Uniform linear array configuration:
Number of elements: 4
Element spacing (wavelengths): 0.75
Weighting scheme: hamming
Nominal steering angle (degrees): -15
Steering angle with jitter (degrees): -14.979
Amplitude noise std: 0.05
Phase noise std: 0.05

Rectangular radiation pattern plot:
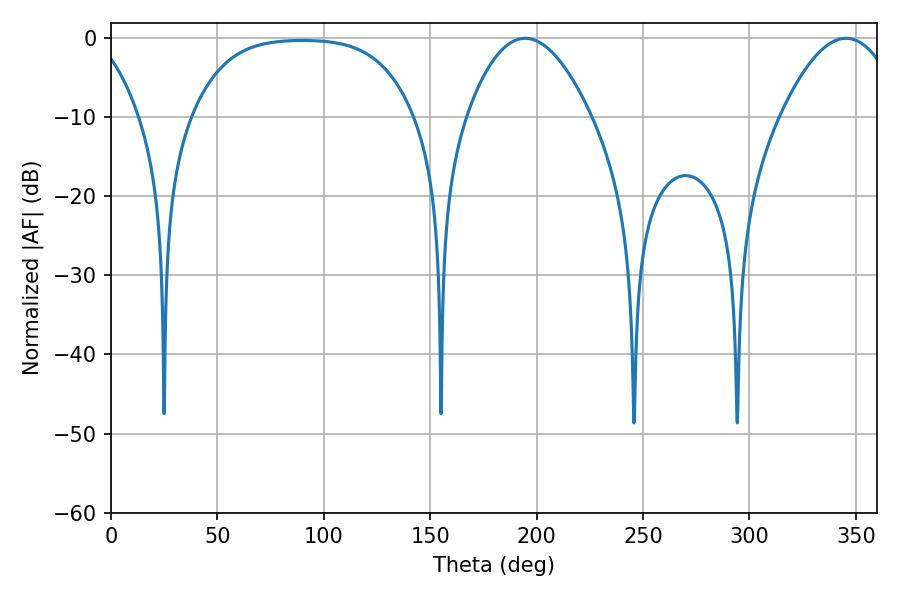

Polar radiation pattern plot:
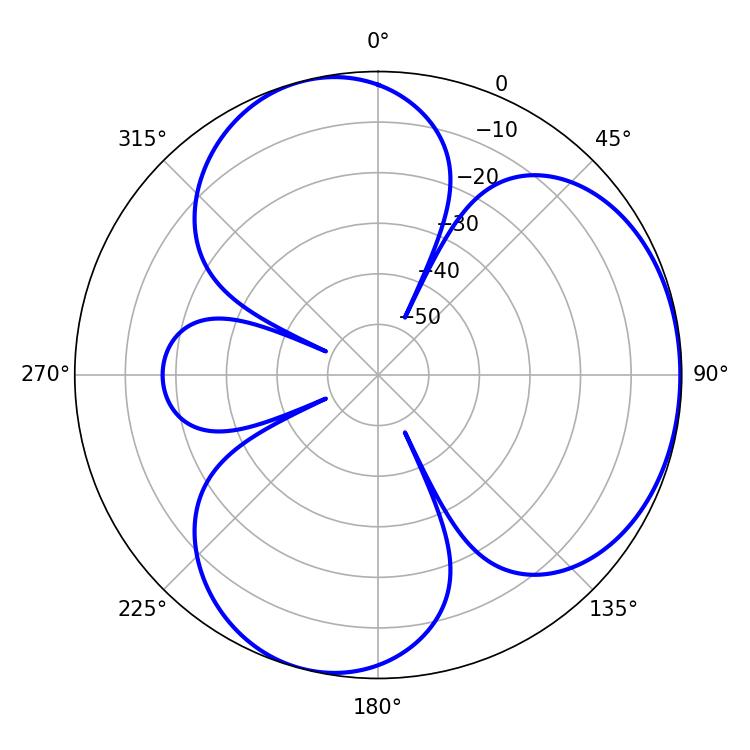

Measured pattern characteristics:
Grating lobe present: TRUE
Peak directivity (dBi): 4.243
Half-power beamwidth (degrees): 32.04
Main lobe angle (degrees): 194.58